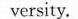
versity.